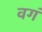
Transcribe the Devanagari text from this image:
वग॔